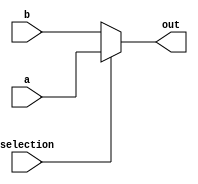
`timescale 1ns / 1ps
//////////////////////////////////////////////////////////////////////////////////
// Company: 
// Engineer: 
// 
// Design Name: 
// Module Name:    mux2_1_4bit 
// Project Name: 
// Target Devices: 
// Tool versions: 
// Description: 
//
// Dependencies: 
//
// Revision: 
// Revision 0.01 - File Created
// Additional Comments: 
//
//////////////////////////////////////////////////////////////////////////////////
module mux2_1_4bit(
    input [3:0] a,
    input [3:0] b,
    input selection,
    output [3:0] out
    );

	assign out = (selection == 1'b1) ? a : b;

endmodule